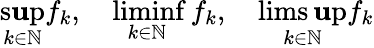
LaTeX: \operatorname*{s\mathbf{u}p}_{k\in\mathbb{{N}}}f_{k},\quad\operatorname*{liminf}_{k\in\mathbb{{N}}}f_{k},\quad\operatorname*{lims\mathbf{u}p}_{k\in\mathbb{{N}}}f_{k}